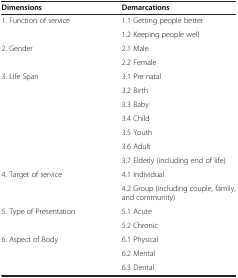
<table><thead><tr><td><b>Dimensions</b></td><td><b>Demarcations</b></td></tr></thead><tbody><tr><td rowspan="2">1. Function of service</td><td>1.1 Getting people better</td></tr><tr><td>1.2 Keeping people well</td></tr><tr><td rowspan="2">2. Gender</td><td>2.1 Male</td></tr><tr><td>2.2 Female</td></tr><tr><td rowspan="7">3. Life Span</td><td>3.1 Pre natal</td></tr><tr><td>3.2 Birth</td></tr><tr><td>3.3 Baby</td></tr><tr><td>3.4 Child</td></tr><tr><td>3.5 Youth</td></tr><tr><td>3.6 Adult</td></tr><tr><td>3.7 Elderly (including end of life)</td></tr><tr><td rowspan="2">4. Target of service</td><td>4.1 Individual</td></tr><tr><td>4.2 Group (including couple, family, and community)</td></tr><tr><td rowspan="2">5. Type of Presentation</td><td>5.1 Acute</td></tr><tr><td>5.2 Chronic</td></tr><tr><td rowspan="2">6. Aspect of Body</td><td>6.1 Physical</td></tr><tr><td>6.2 Mental</td></tr><tr><td> </td><td>6.3 Dental</td></tr></tbody></table>